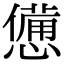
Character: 憊